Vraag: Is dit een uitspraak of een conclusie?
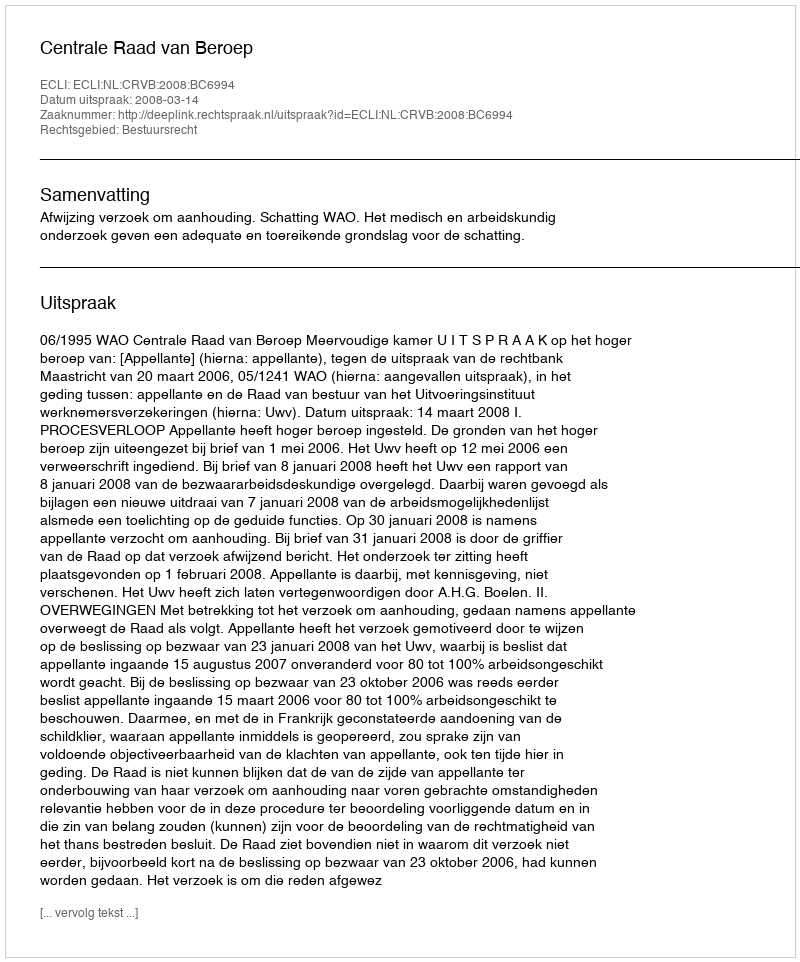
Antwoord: Uitspraak